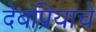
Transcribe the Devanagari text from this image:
देवप्रियाचे